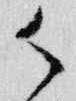
御